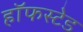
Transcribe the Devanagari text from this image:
हॉफस्टेड